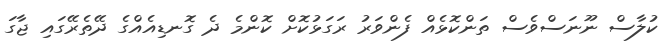
ކުލާސް ނޫނަސްވެސް ތަންކޮޅެއް ފެންވަރު ރަގަޅުކޮށް ކޮންމެ ދެ ގޮނޑިއެއްގެ ދޭތެރޭގައި ޖާގަ